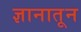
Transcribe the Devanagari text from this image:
ज्ञानातून